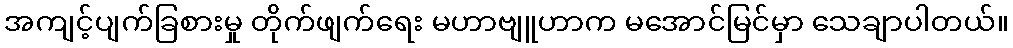
အကျင့်ပျက်ခြစားမှု တိုက်ဖျက်ရေး မဟာဗျူဟာက မအောင်မြင်မှာ သေချာပါတယ်။